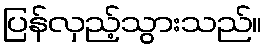
ပြန်လှည့်သွားသည်။